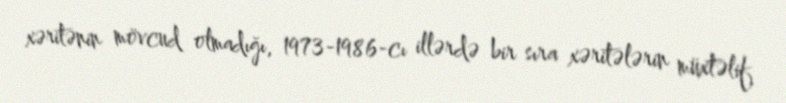
xəritənin mövcud olmadığı, 1973-1986-cı illərdə bir sıra xəritələrin müxtəlif